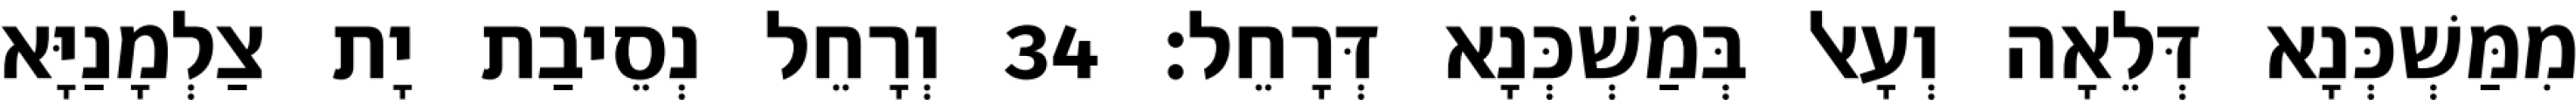
מִמַּשְׁכְּנָא דְּלֵאָה וְעָאל בְּמַשְׁכְּנָא דְּרָחֵל׃ 34 וְרָחֵל נְסֵיבַת יָת צַלְמָנַיָּא